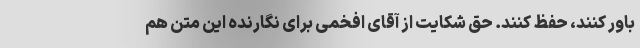
باور کنند، حفظ کنند. حق شکایت از آقای افخمی برای نگارنده این متن هم